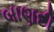
બાણદી